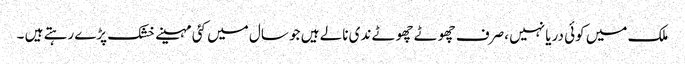
ملک میں کوئی دریا نہیں ،صرف چھوٹے چھوٹے ندی نالے ہیں جو سال میں کئی مہینے خشک پڑے رہتے ہیں ۔